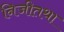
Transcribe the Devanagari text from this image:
निजीतथा